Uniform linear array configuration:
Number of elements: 4
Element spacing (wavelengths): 0.25
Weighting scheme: uniform
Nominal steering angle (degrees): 60
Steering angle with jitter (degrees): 60.322
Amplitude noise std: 0.05
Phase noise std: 0.05

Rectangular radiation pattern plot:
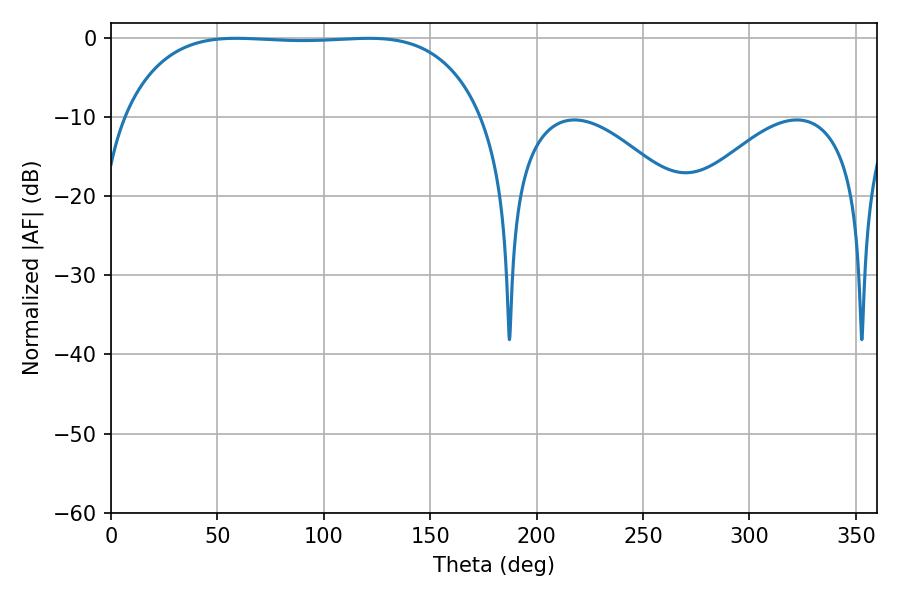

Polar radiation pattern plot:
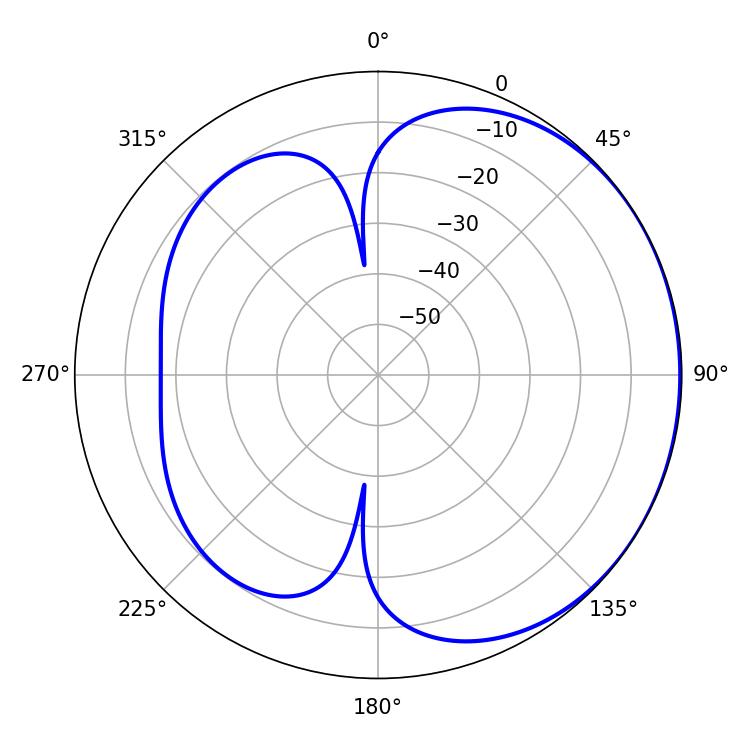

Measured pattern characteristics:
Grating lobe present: FALSE
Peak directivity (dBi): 0.8599
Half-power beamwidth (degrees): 132.12
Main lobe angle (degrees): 58.86